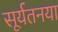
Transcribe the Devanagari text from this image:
सूर्यतनया